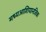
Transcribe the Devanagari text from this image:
मध्यआशियानजिक